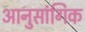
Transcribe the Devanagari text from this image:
आनुसांगिक